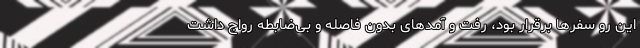
این رو سفرها برقرار بود، رفت و آمدهای بدون فاصله و بی‌ضابطه رواج داشت